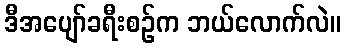
ဒီအပျော်ခရီးစဉ်က ဘယ်လောက်လဲ။